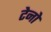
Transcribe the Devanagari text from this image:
टेनो